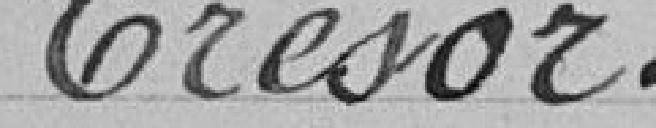
Trésor.